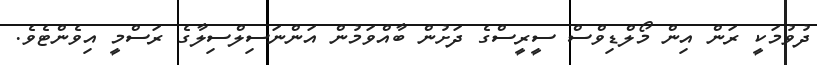
ދުވުމަކީ ރަން އިން މޯލްޑިވްސް ސީރީސްގެ ދަށުން ބާއްވަމުން އަންނަސިލްސިލާގެ ރަސްމީ އިވެންޓެވެ.